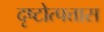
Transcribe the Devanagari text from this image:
दृष्टोत्पत्तास